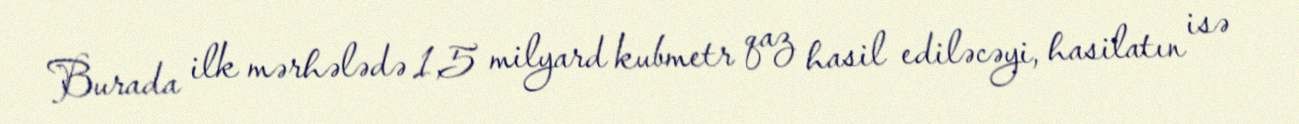
Burada ilk mərhələdə 1,5 milyard kubmetr qaz hasil ediləcəyi, hasilatın isə